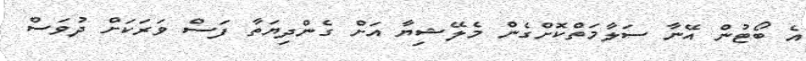
އެ ބޯޓުން އޭނާ ސަލާމަތްކޮށްގެން މެލޭޝިޔާ އަށް ގެންދިޔަތާ ފަސް ވަރަކަށް ދުވަސް